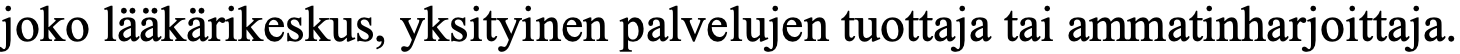
joko lääkärikeskus, yksityinen palvelujen tuottaja tai ammatinharjoittaja.